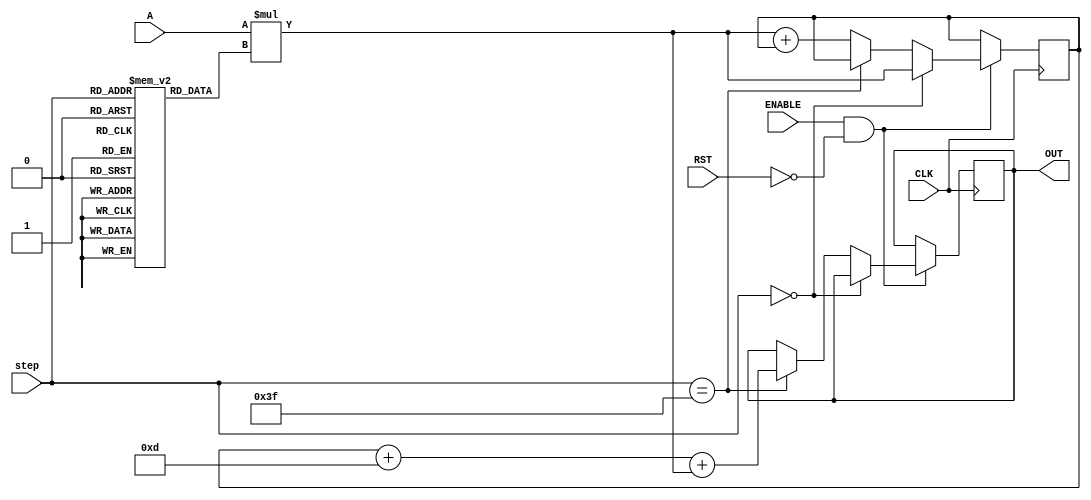
// This program was cloned from: https://github.com/ilaydayaman/CNN_for_SLR
// License: BSD 2-Clause "Simplified" License

`timescale 1ns / 1ps

module NODE_1(
input signed [35:0] A,
input [5:0] step,
input CLK,
input ENABLE,
input RST,
output reg signed [39:0] OUT //16-bit output
    );
    
reg signed [39:0] accumulator = 40'd0; //store the matrix mult here
reg signed [8:0] weights [63:0]; //store the weights here
reg signed [7:0] bias; //store node bias here

initial begin
   weights[0]<=9'b101010100;
   weights[1]<=9'b000001001;
   weights[2]<=9'b111011010;
   weights[3]<=9'b000000111;
   weights[4]<=9'b000111111;
   weights[5]<=9'b111001011;
   weights[6]<=9'b111001101;
   weights[7]<=9'b110101100;
   weights[8]<=9'b000000011;
   weights[9]<=9'b000001111;
   weights[10]<=9'b000000101;
   weights[11]<=9'b001011001;
   weights[12]<=9'b000100101;
   weights[13]<=9'b111000001;
   weights[14]<=9'b111101101;
   weights[15]<=9'b111011100;
   weights[16]<=9'b111100111;
   weights[17]<=9'b111011011;
   weights[18]<=9'b000111111;
   weights[19]<=9'b000101000;
   weights[20]<=9'b000001110;
   weights[21]<=9'b111000110;
   weights[22]<=9'b000100100;
   weights[23]<=9'b110101001;
   weights[24]<=9'b000000110;
   weights[25]<=9'b111000011;
   weights[26]<=9'b000111100;
   weights[27]<=9'b000111001;
   weights[28]<=9'b000010101;
   weights[29]<=9'b000100001;
   weights[30]<=9'b111100011;
   weights[31]<=9'b111000001;
   weights[32]<=9'b111111010;
   weights[33]<=9'b110111010;
   weights[34]<=9'b000000111;
   weights[35]<=9'b111110111;
   weights[36]<=9'b000000110;
   weights[37]<=9'b111010001;
   weights[38]<=9'b111111010;
   weights[39]<=9'b000001010;
   weights[40]<=9'b111110000;
   weights[41]<=9'b000010010;
   weights[42]<=9'b000000000;
   weights[43]<=9'b111101011;
   weights[44]<=9'b111110101;
   weights[45]<=9'b110111111;
   weights[46]<=9'b111111010;
   weights[47]<=9'b111111001;
   weights[48]<=9'b000010111;
   weights[49]<=9'b000001011;
   weights[50]<=9'b111101110;
   weights[51]<=9'b000001100;
   weights[52]<=9'b111111100;
   weights[53]<=9'b111000011;
   weights[54]<=9'b000010100;
   weights[55]<=9'b111100011;
   weights[56]<=9'b111111111;
   weights[57]<=9'b000010000;
   weights[58]<=9'b111101001;
   weights[59]<=9'b000011000;
   weights[60]<=9'b000010101;
   weights[61]<=9'b111011000;
   weights[62]<=9'b000001010;
   weights[63]<=9'b000101101;
   bias<=8'b00001101;
 end

 always @ ( posedge CLK )
 begin
    if( ENABLE == 1 && RST == 0 )
    begin
        if ( step == 0 )
        begin
            accumulator <=  A * weights[step];
        end
        else if( step == 63 )
        begin
            OUT <= accumulator + bias + A * weights[step];
        end else accumulator <=  A * weights[step] + accumulator;
    end
 end

endmodule